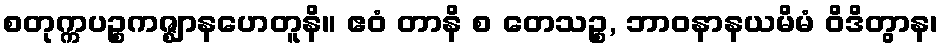
စတုက္ကပဉ္စကဇ္ဈာနဟေတူနိ။ ဧဝံ တာနိ စ တေသဉ္စ, ဘာဝနာနယမိမံ ဝိဒိတွာန၊